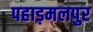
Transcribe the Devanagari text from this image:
पहाड़मलपुर